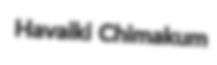
Havaiki Chimakum